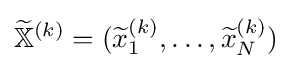
{\widetilde {\mathbb {X} }}^{(k)}=({\widetilde {x}}_{1}^{(k)},\ldots ,{\widetilde {x}}_{N}^{(k)})